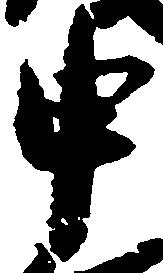
申